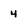
Character: 4